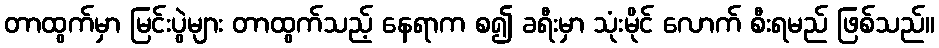
တာထွက်မှာ မြင်းပွဲများ တာထွက်သည့် နေရာက စ၍ ခရီးမှာ သုံးမိုင် လောက် စီးရမည် ဖြစ်သည်။